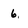
Character: 6